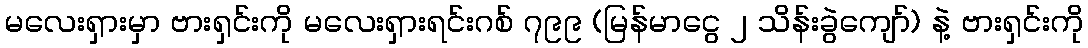
မလေးရှားမှာ ဗားရှင်းကို မလေးရှားရင်းဂစ် ၇၉၉ (မြန်မာငွေ ၂ သိန်းခွဲကျော်) နဲ့ ဗားရှင်းကို